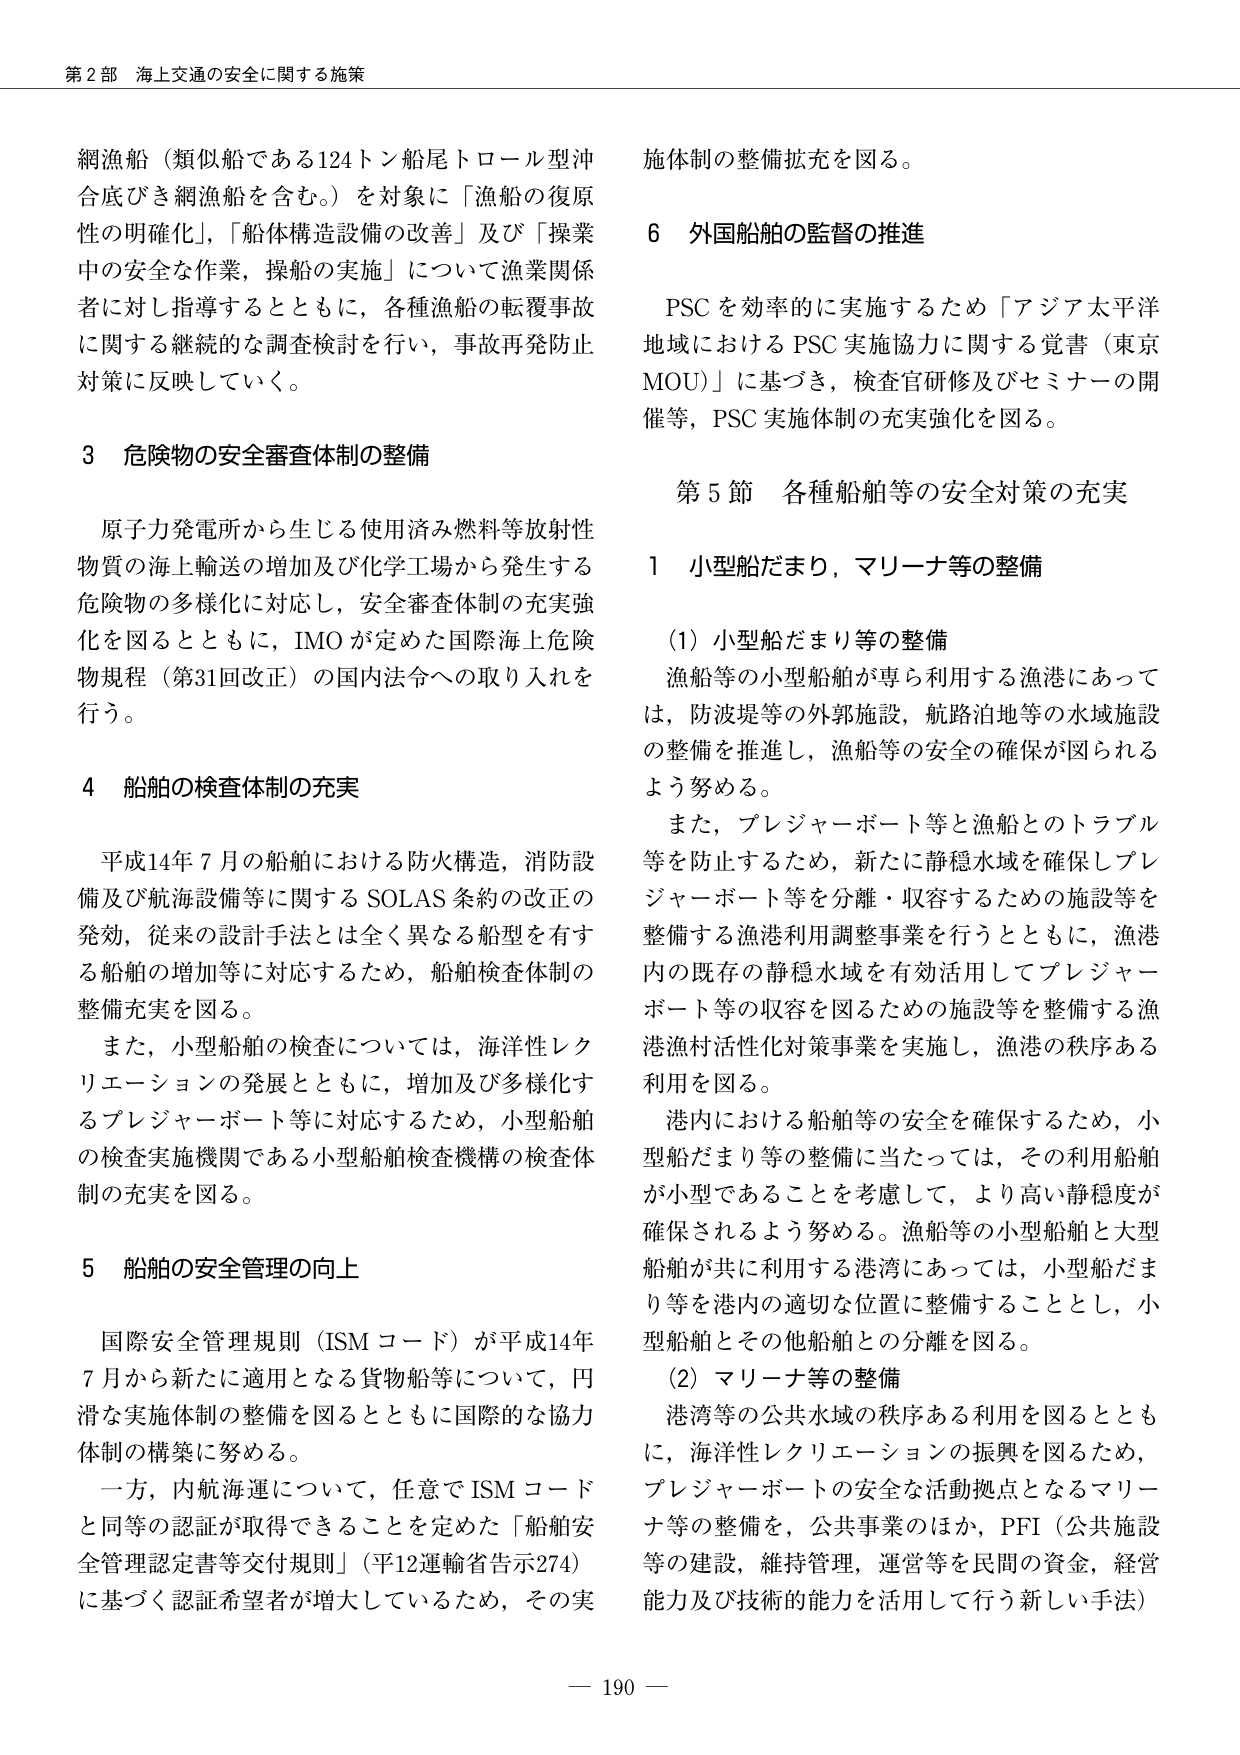
第2部 海上交通の安全に関する施策

網漁船（類似船である124トン船尾トロール型沖合底びき網漁船を含む。）を対象に「漁船の復原性の明確化」、「船体構造設備の改善」及び「操業中の安全な作業，操船の実施」について漁業関係者に対し指導するとともに，各種漁船の転覆事故に関する継続的な調査検討を行い，事故再発防止対策に反映していく。

3 危険物の安全審査体制の整備

原子力発電所から生じる使用済み燃料等放射性物質の海上輸送の増加及び化学工場から発生する危険物の多様化に対応し，安全審査体制の充実強化を図るとともに，IMOが定めた国際海上危険物規程（第31回改正）の国内法令への取り入れを行う。

4 船舶の検査体制の充実

平成14年7月の船舶における防火構造，消防設備及び航海設備等に関するSOLAS条約の改正の発効，従来の設計手法とは全く異なる船型を有する船舶の増加等に対応するため，船舶検査体制の整備充実を図る。

また，小型船舶の検査については，海洋性レクリエーションの発展とともに，増加及び多様化するプレジャーボート等に対応するため，小型船舶の検査実施機関である小型船舶検査機構の検査体制の充実を図る。

5 船舶の安全管理の向上

国際安全管理規則（ISMコード）が平成14年7月から新たに適用となる貨物船等について，円滑な実施体制の整備を図るとともに国際的な協力体制の構築に努める。

一方，内航海運について，任意でISMコードと同等の認証が取得できることを定めた「船舶安全管理認定書等交付規則」（平12運輸省告示274）に基づく認証希望者が増大しているため，その実施体制の整備拡充を図る。

6 外国船舶の監督の推進

PSCを効率的に実施するため「アジア太平洋地域におけるPSC実施協力に関する覚書（東京MOU）」に基づき，検査官研修及びセミナーの開催等，PSC実施体制の充実強化を図る。

第5節 各種船舶等の安全対策の充実

1 小型船だまり，マリーナ等の整備

（1）小型船だまり等の整備

漁船等の小型船舶が専ら利用する漁港にあっては，防波堤等の外郭施設，航路泊地等の水域施設の整備を推進し，漁船等の安全の確保が図られるよう努める。

また，プレジャーボート等と漁船とのトラブル等を防止するため，新たに静穏水域を確保しプレジャーボート等を分離・収容するための施設等を整備する漁港利用調整事業を行うとともに，漁港内の既存の静穏水域を有効活用してプレジャーボート等の収容を図るための施設等を整備する漁港漁村活性化対策事業を実施し，漁港の秩序ある利用を図る。

港内における船舶等の安全を確保するため，小型船だまり等の整備に当たっては，その利用船舶が小型であることを考慮して，より高い静穏度が確保されるよう努める。漁船等の小型船舶と大型船舶が共に利用する港湾にあっては，小型船だまり等を港内の適切な位置に整備することとし，小型船舶とその他船舶との分離を図る。

（2）マリーナ等の整備

港湾等の公共水域の秩序ある利用を図るとともに，海洋性レクリエーションの振興を図るため，プレジャーボートの安全な活動拠点となるマリーナ等の整備を，公共事業のほか，PFI（公共施設等の建設，維持管理，運営等を民間の資金，経営能力及び技術的能力を活用して行う新しい手法）

— 190 —